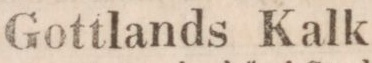
Gottlands Kalk